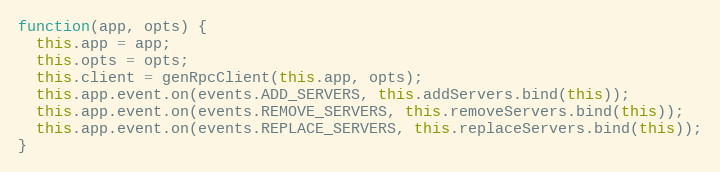
Language: JavaScript
function(app, opts) {
  this.app = app;
  this.opts = opts;
  this.client = genRpcClient(this.app, opts);
  this.app.event.on(events.ADD_SERVERS, this.addServers.bind(this));
  this.app.event.on(events.REMOVE_SERVERS, this.removeServers.bind(this));
  this.app.event.on(events.REPLACE_SERVERS, this.replaceServers.bind(this));
}